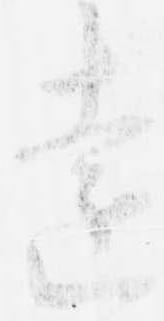
遠